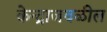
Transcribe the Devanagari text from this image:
केन्द्राजवळील